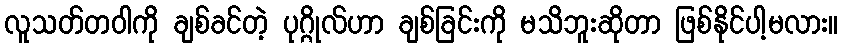
လူသတ်တဝါကို ချစ်ခင်တဲ့ ပုဂ္ဂိုလ်ဟာ ချစ်ခြင်းကို မသိဘူးဆိုတာ ဖြစ်နိုင်ပါ့မလား။